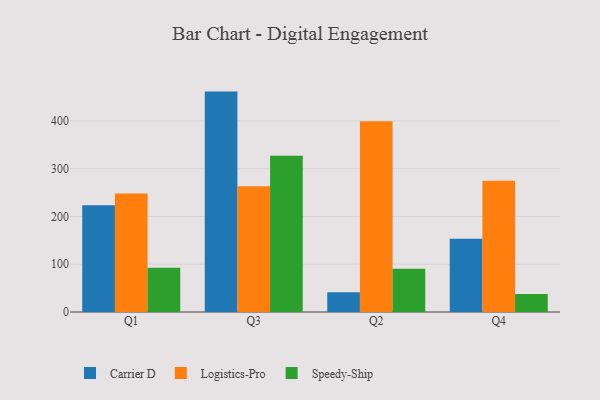
{"axis": {"x": "Quarter", "y": "Website Visitors"}, "legend": ["Carrier D", "Logistics-Pro", "Speedy-Ship"], "data": [{"x": "Q1", "y": 223.3, "type": "Carrier D"}, {"x": "Q1", "y": 247.9, "type": "Logistics-Pro"}, {"x": "Q1", "y": 92.8, "type": "Speedy-Ship"}, {"x": "Q3", "y": 461.4, "type": "Carrier D"}, {"x": "Q3", "y": 263.2, "type": "Logistics-Pro"}, {"x": "Q3", "y": 327.2, "type": "Speedy-Ship"}, {"x": "Q2", "y": 41.5, "type": "Carrier D"}, {"x": "Q2", "y": 399.2, "type": "Logistics-Pro"}, {"x": "Q2", "y": 90.7, "type": "Speedy-Ship"}, {"x": "Q4", "y": 153.3, "type": "Carrier D"}, {"x": "Q4", "y": 274.9, "type": "Logistics-Pro"}, {"x": "Q4", "y": 37.7, "type": "Speedy-Ship"}]}